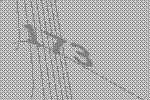
173